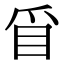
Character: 𥄃